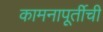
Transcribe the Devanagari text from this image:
कामनापूर्तीची